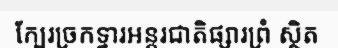
ក្បែរច្រកទ្វារអន្តរជាតិផ្សារព្រំ ស្ថិត